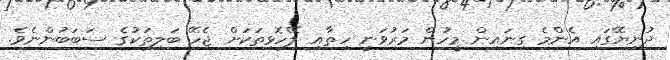
ދުނިޔޭގައި އެންމެ ގިނައިން މީހުން މަރުވަނީ ހިތާއި ލޭހޮޅިތަކަށް ޖެހޭ ބަލިތަކުގެ ސަބަބުންނެވެ.